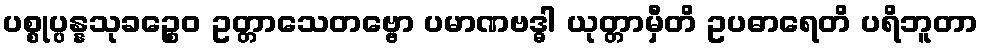
ပစ္စုပ္ပန္နသုခဉ္စေဝ ဥတ္တာသေတဗ္ဗော ပမာဏဗဒ္ဓါ ယုတ္တာမှီတိ ဥပဓာရေတိ ပရိဘူတာ